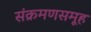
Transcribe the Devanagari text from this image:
संक्रमणसमूह